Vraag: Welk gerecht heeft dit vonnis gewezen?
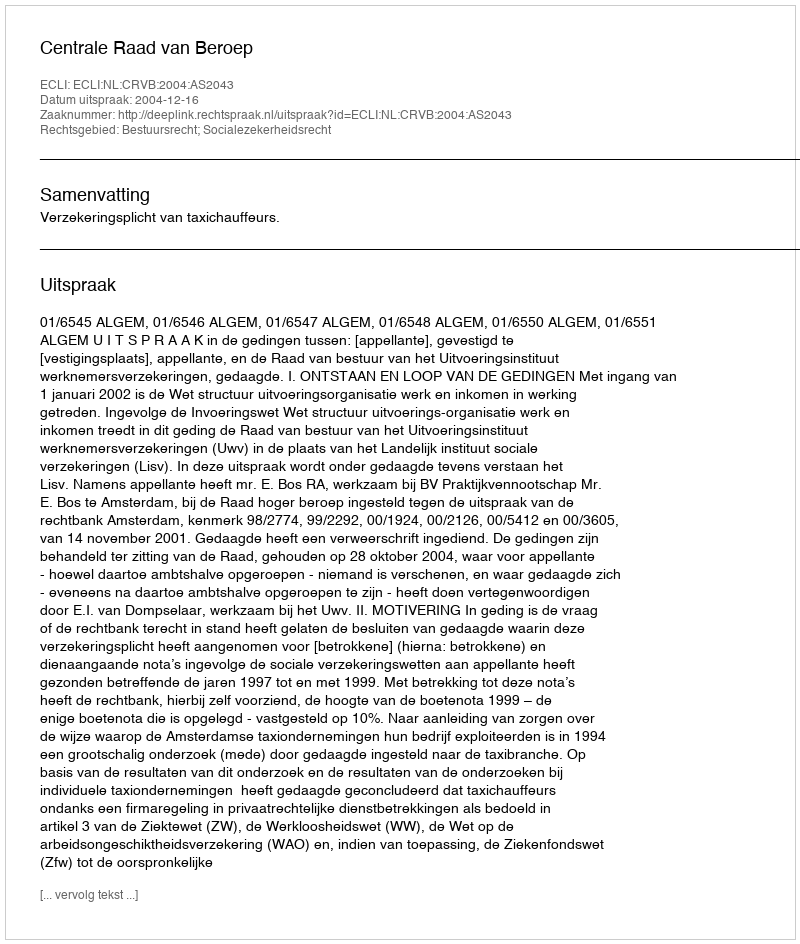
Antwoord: Centrale Raad van Beroep